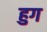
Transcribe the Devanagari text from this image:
हुग